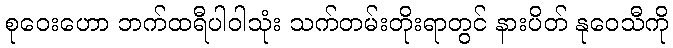
စုဝေးဟော ဘက်ထရီပါဝါသုံး သက်တမ်းတိုးရာတွင် နားပိတ် နုဝေသီကို